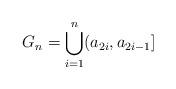
LaTeX: \begin{align*}G_n = \bigcup_{i=1}^n (a_{2i}, a_{2i-1}]\end{align*}